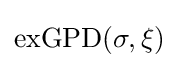
\mathrm {exGPD} (\sigma ,\xi )